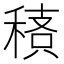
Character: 䅩